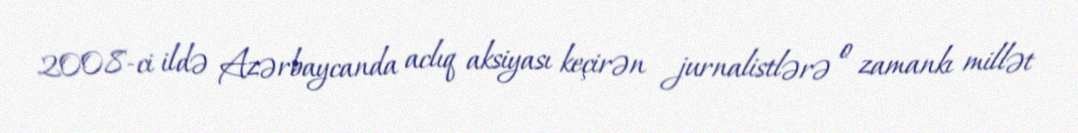
2008-ci ildə Azərbaycanda aclıq aksiyası keçirən jurnalistlərə o zamankı millət